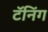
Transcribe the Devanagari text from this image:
टॅनिंग